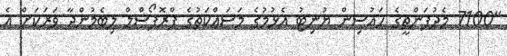
"7100 މެދުފަންތީގެ ހައުސިން ޔުނިޓު އެޅުމުގެ މަސައްކަތުގެ ޕްރޮޕޯސްލް ލިބެމުންދާ ވަރަކަށް އެ